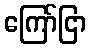
ကြော်ငြာ